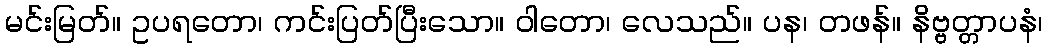
မင်းမြတ်။ ဥပရတော၊ ကင်းပြတ်ပြီးသော။ ဝါတော၊ လေသည်။ ပန၊ တဖန်။ နိဗ္ဗတ္တာပနံ၊